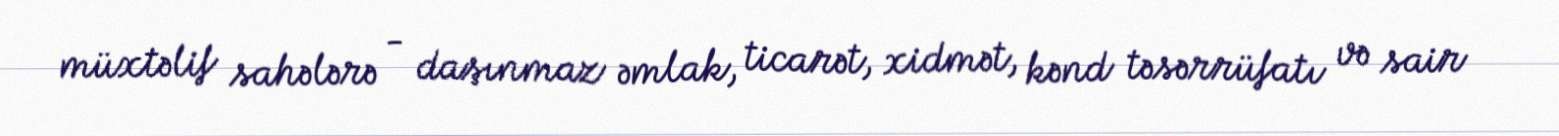
müxtəlif sahələrə - daşınmaz əmlak, ticarət, xidmət, kənd təsərrüfatı və sair